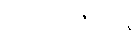
သဒ္ဓါပဗ္ဗဇိတာနံ